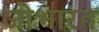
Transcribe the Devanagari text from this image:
जोभारत